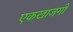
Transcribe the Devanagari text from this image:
एकखाजगी